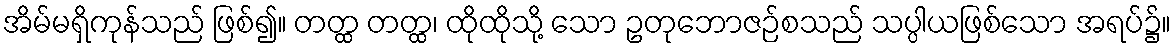
အိမ်မရှိကုန်သည် ဖြစ်၍။ တတ္ထ တတ္ထ၊ ထိုထိုသို့ သော ဥတုဘောဇဉ်စသည် သပ္ပါယဖြစ်သော အရပ်၌။